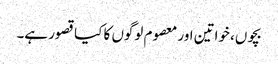
بچوں، خواتین اور معصوم لوگوں کا کیا قصور ہے۔